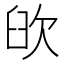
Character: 𦥞